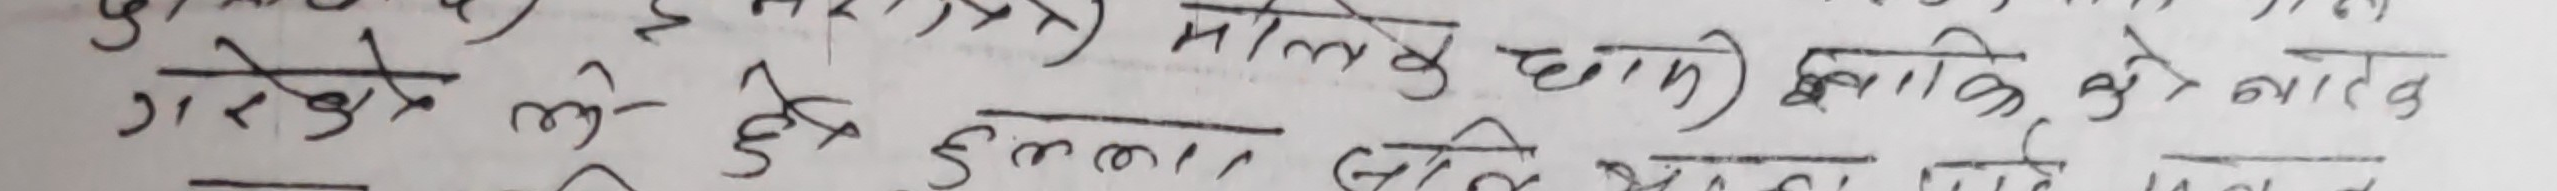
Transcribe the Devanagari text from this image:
गरेकाले लुके झुके मोलिक छानि छानि कुनै नातिको
झुकाउना किन झुकाउँछन् भन्ने हो भनि सोधे प्रसंगमा